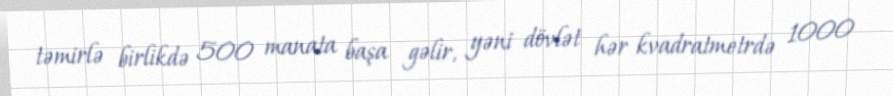
təmirlə birlikdə 500 manata başa gəlir, yəni dövlət hər kvadratmetrdə 1000